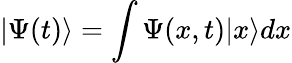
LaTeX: |\Psi(t)\rangle=\int\Psi(x,t)|x\rangle dx